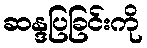
ဆန္ဒပြခြင်းကို